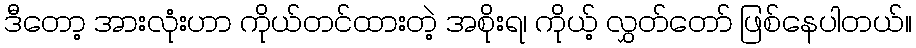
ဒီတော့ အားလုံးဟာ ကိုယ်တင်ထားတဲ့ အစိုးရ၊ ကိုယ့် လွှတ်တော် ဖြစ်နေပါတယ်။